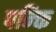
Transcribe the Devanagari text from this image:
पन्क्ति